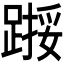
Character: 𫏙